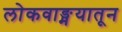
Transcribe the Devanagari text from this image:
लोकवाङ्मयातून